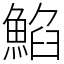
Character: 䱤